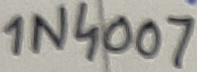
Text: 1N4007